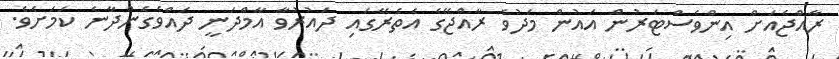
ރާއްޖެއަށް އިންވެސްޓަރުން އައުން މަދުވެ ރާއްޖޭގެ އެތެރޭގައި ދައުރުވާ އާމްދަނީ ދައްވެގެންދާނެ ކަަމަށެވެ.